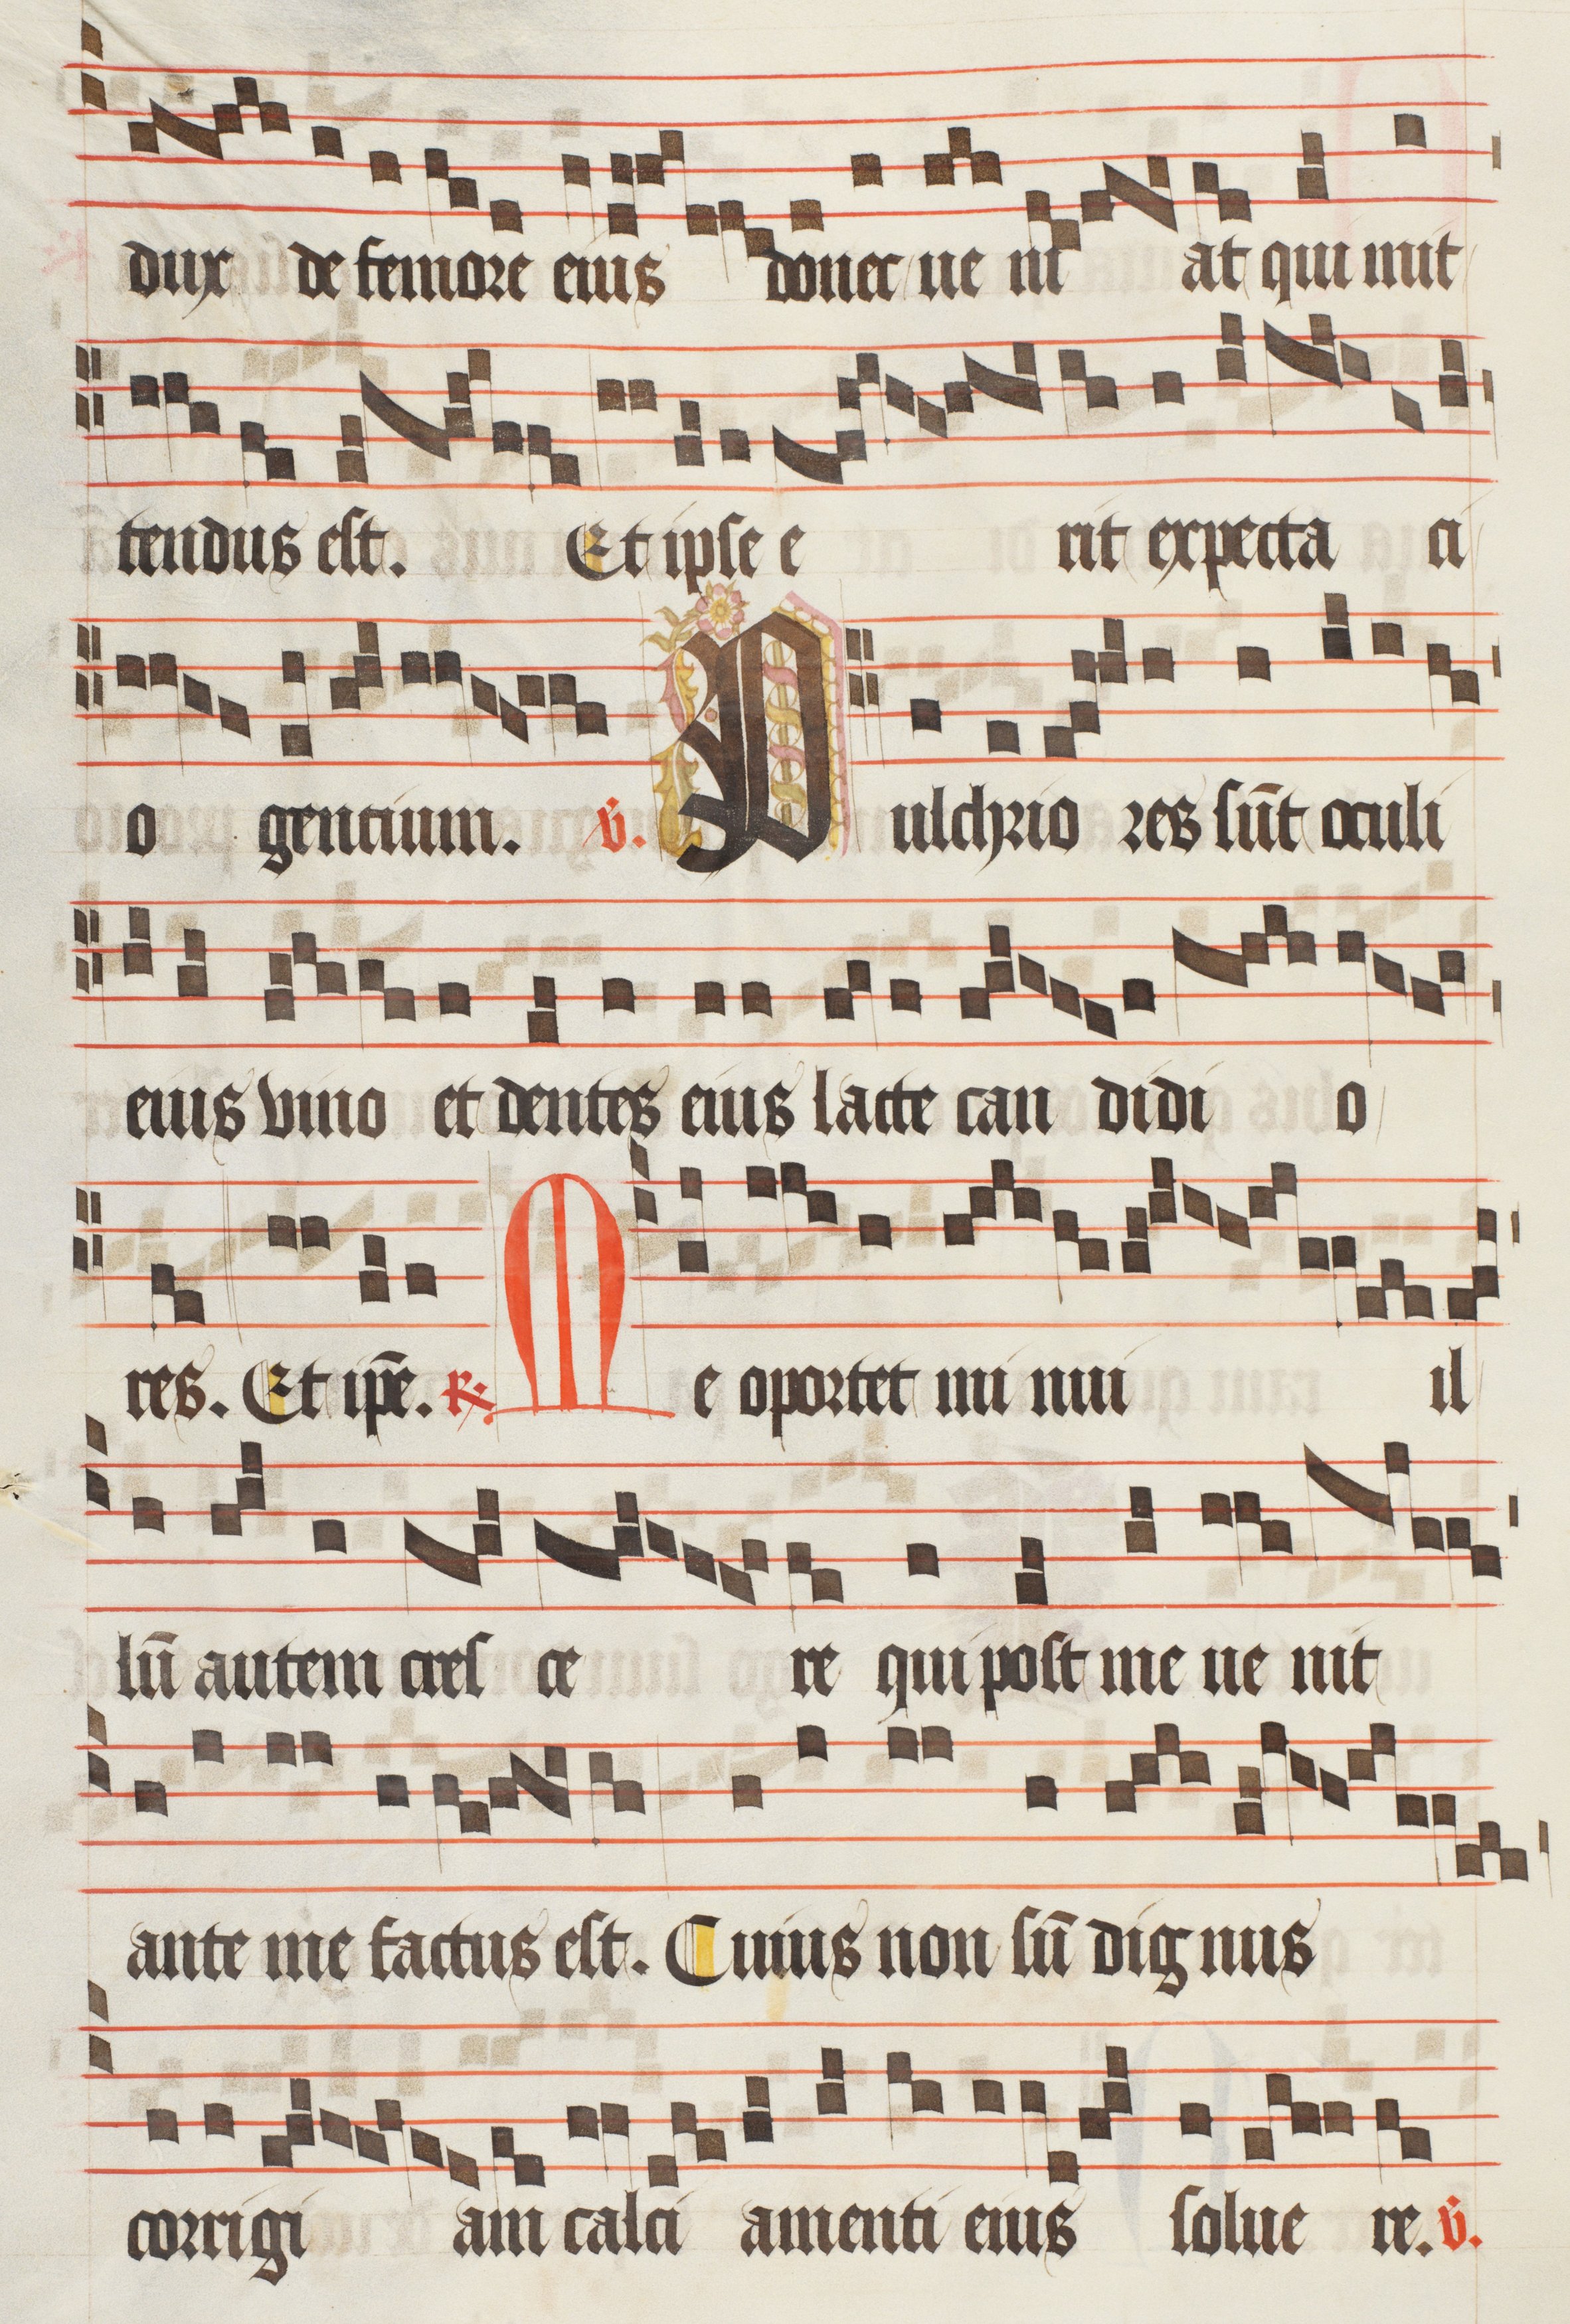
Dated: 1474–1505